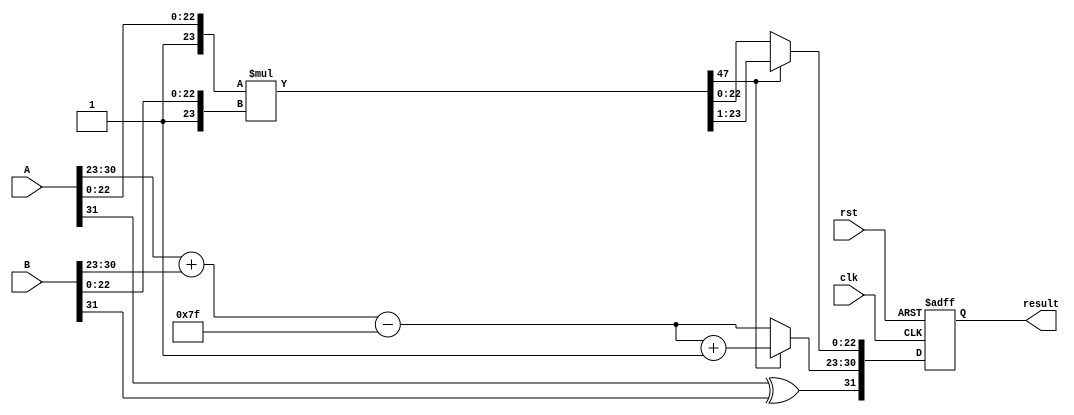
module radix4_float_mult (
    input clk,
    input rst,
    input [31:0] A,  // First floating-point input (IEEE 754 single precision)
    input [31:0] B,  // Second floating-point input (IEEE 754 single precision)
    output reg [31:0] result // Output floating-point result
);
    // Define parameters for single precision
    localparam EXP_WIDTH = 8;
    localparam MANT_WIDTH = 23;
    localparam BIAS = 127;

    // Intermediate signals
    reg sign_A, sign_B, sign_result;
    reg [EXP_WIDTH-1:0] exponent_A, exponent_B, exponent_result;
    reg [MANT_WIDTH:0] mantissa_A, mantissa_B; // extra bit for implicit leading 1
    reg [2*MANT_WIDTH+1:0] mantissa_product; // storage for mantissa multiplication result

    // NaN/Infinity detection and handling omitted for brevity
    always @ (posedge clk or posedge rst) begin
        if (rst) begin
            result <= 32'b0;
        end else begin
            // Break down inputs
            sign_A = A[31];
            exponent_A = A[30:23];
            mantissa_A = {1'b1, A[22:0]}; // Normalized + implicit leading one

            sign_B = B[31];
            exponent_B = B[30:23];
            mantissa_B = {1'b1, B[22:0]}; // Normalized + implicit leading one

            // Compute the sign of the result
            sign_result = sign_A ^ sign_B;

            // Exponent computation
            exponent_result = exponent_A + exponent_B - BIAS;

            // Mantissa multiplication using Radix-4 approach (simplified)
            // Assume Radix-4 logic; using normal multiplication as placeholder
            mantissa_product = mantissa_A * mantissa_B;

            // Handle normalization (this is simplified and should be further developed)
            if (mantissa_product[2*MANT_WIDTH+1] == 1) begin
                // Shift right, adjust exponent if mantissa is greater than or equal to 2
                mantissa_product = mantissa_product >> 1;
                exponent_result = exponent_result + 1;
            end

            // Result composition
            result[31] = sign_result; // Sign
            result[30:23] = exponent_result; // Exponent
            result[22:0] = mantissa_product[MANT_WIDTH-1:0]; // Mantissa (truncated)

            // Note: Rounding and further normalization/handling for edge cases are omitted
        end
    end
endmodule